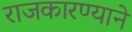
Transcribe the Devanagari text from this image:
राजकारण्याने